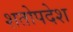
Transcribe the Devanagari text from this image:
शतोपदेश